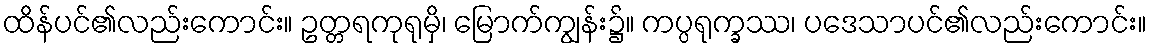
ထိန်ပင်၏လည်းကောင်း။ ဥတ္တရကုရုမှိ၊ မြောက်ကျွန်း၌။ ကပ္ပရုက္ခဿ၊ ပဒေသာပင်၏လည်းကောင်း။